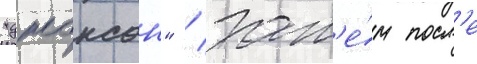
"джонсон" / зат'е́м посл'е